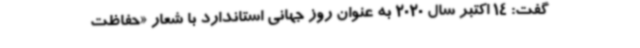
گفت: 14 اکتبر سال 2020 به عنوان روز جهانی استاندارد با شعار «حفاظت